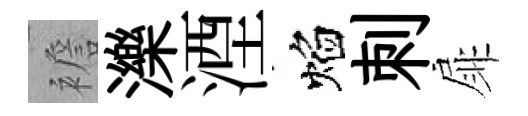
襜濼湮焰刺扉